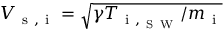
V _ { \mathrm { ~ s ~ , ~ i ~ } } = \sqrt { \gamma T _ { \mathrm { ~ i ~ } , _ { \mathrm { ~ S ~ W ~ } } } / m _ { \mathrm { ~ i ~ } } }